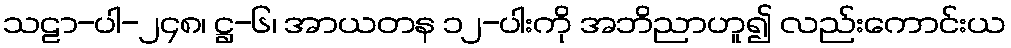
သဠာ-ပါ-၂၄၈၊ ဋ္ဌ-၆၊ အာယတန ၁၂-ပါးကို အဘိညာဟူ၍ လည်းကောင်းယ